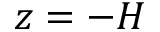
z = - H